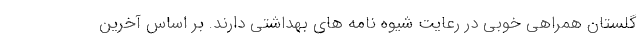
گلستان همراهی خوبی در رعایت شیوه نامه های بهداشتی دارند. بر اساس آخرین